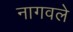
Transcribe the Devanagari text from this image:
नागवले